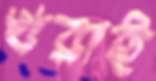
খরাই